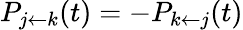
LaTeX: P_{j\leftarrow k}(t)=-P_{k\leftarrow j}(t)